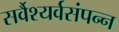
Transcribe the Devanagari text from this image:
सर्वैश्यर्वसंपन्न